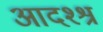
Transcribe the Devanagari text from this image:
आदश्श्र